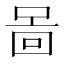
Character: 啚